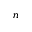
n